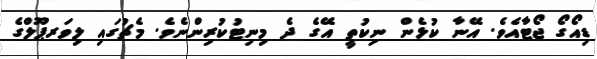
ޑިއޯގޯ ޖޯޓާއެވެ. އޭނާ ކުޅެން ނިކުތީ އޭގެ ދެ މިނިޓުކުރިންނެވެ. މެޗުގައި ލިވަރޕޫލްގެ